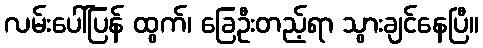
လမ်းပေါ်ပြန် ထွက်၊ ခြေဦးတည့်ရာ သွားချင်နေပြီ။